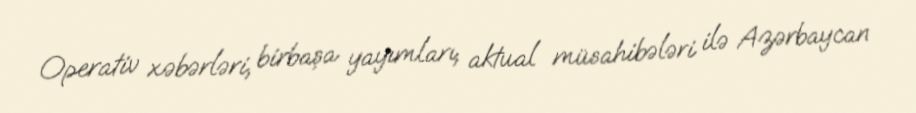
Operativ xəbərləri, birbaşa yayımları, aktual müsahibələri ilə Azərbaycan